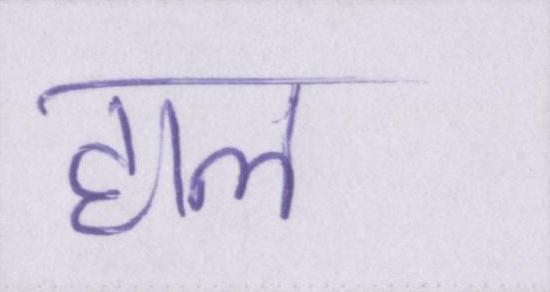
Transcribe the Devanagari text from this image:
हाल